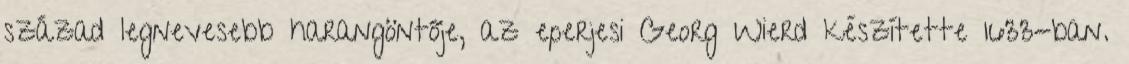
század legnevesebb harangöntője, az eperjesi Georg Wierd készítette 1633-ban.